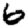
Digit: 6